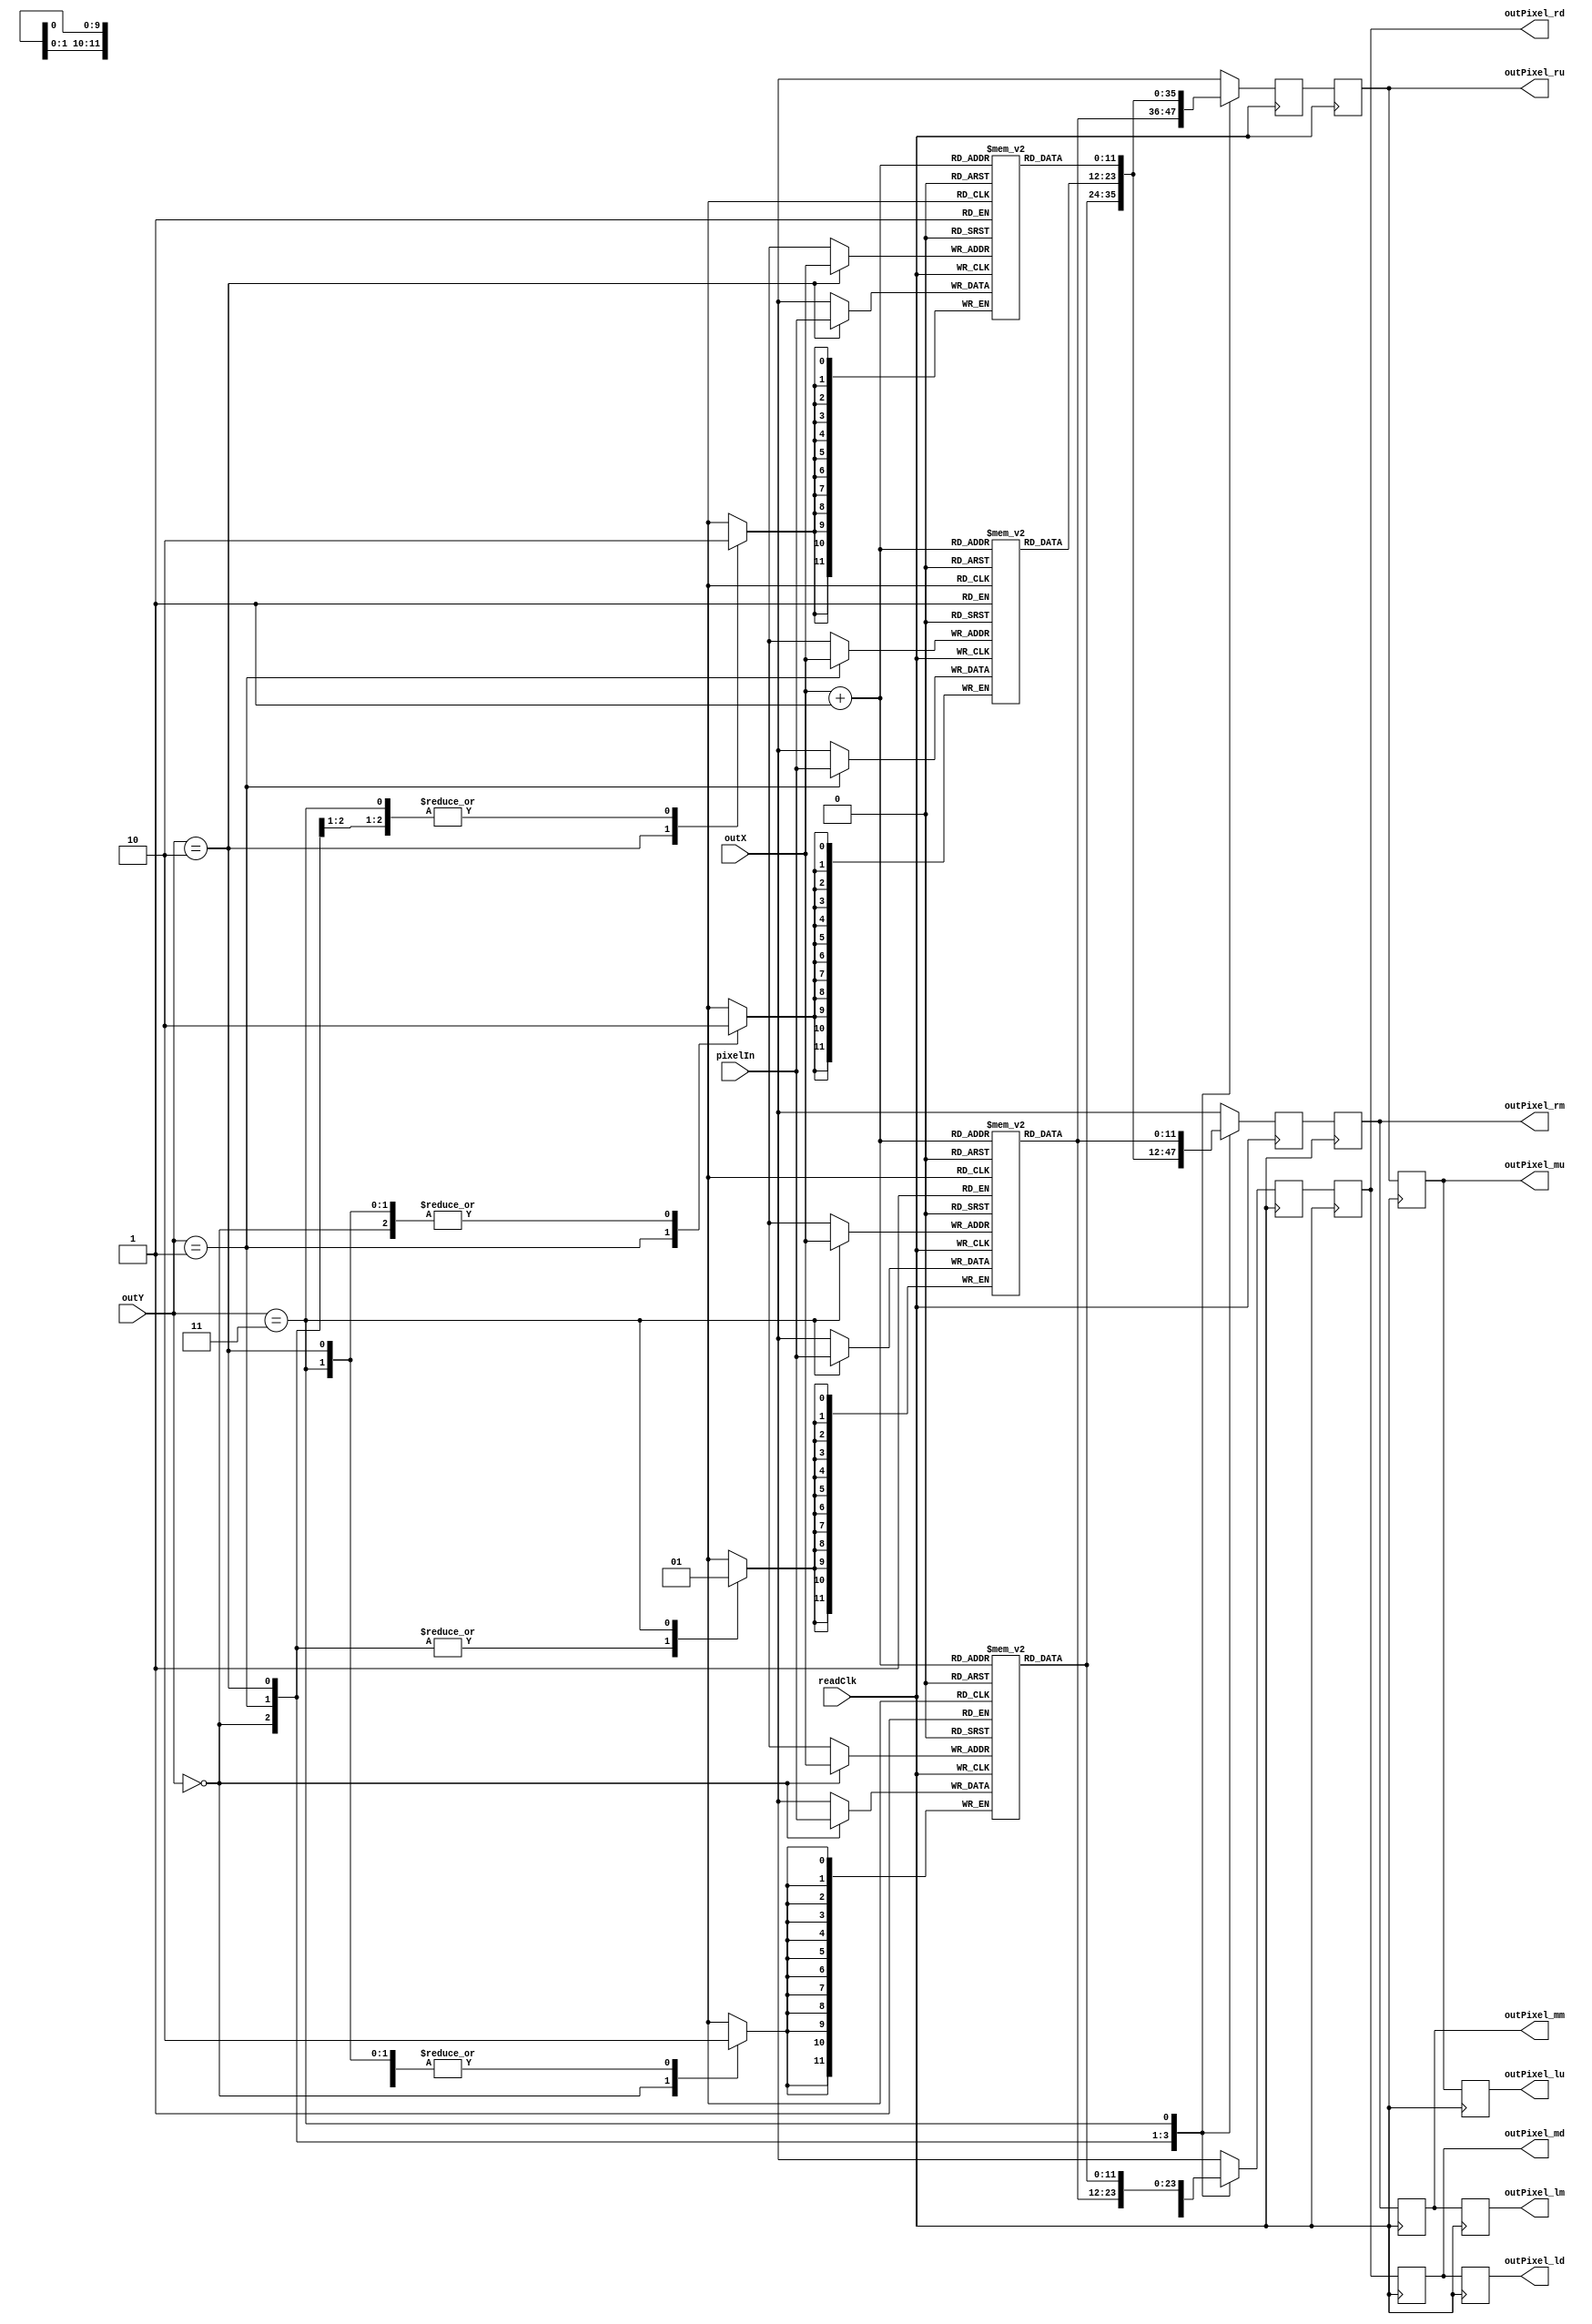
`timescale 1ns / 1ps
//////////////////////////////////////////////////////////////////////////////////
// Company: 
// Engineer: 
// 
// Design Name: 
// Module Name: PixelBuf
// Project Name: 
// Target Devices: 
// Tool Versions: 
// Description: 
// 
// Dependencies: 
// 
// Revision:
// Revision 0.01 - File Created
// Additional Comments:
// 
//////////////////////////////////////////////////////////////////////////////////

// outputs the 3x3 region of pixels around outX and outY
module PixelBuf(
    input   [9:0]   outX,
    input   [1:0]   outY,
    input           readClk,
    input   [11:0]  pixelIn,
    
    output reg [11:0]  outPixel_lu,
    output reg [11:0]  outPixel_lm,
    output reg [11:0]  outPixel_ld,
    output reg [11:0]  outPixel_mu,
    output reg [11:0]  outPixel_mm,
    output reg [11:0]  outPixel_md,
    output reg [11:0]  outPixel_ru,
    output reg [11:0]  outPixel_rm,
    output reg [11:0]  outPixel_rd
    );
    
    // buffer to hold 4 lines of pixels. Do this so we can output 9 pixels at a time.
    // this takes forever to synthesize if 3D ram is used bc it uses a bunch of LUTs instead
    // addressing is [{xAddr, yAddr[lowBits]}]
    reg [11:0] pixelBuf0 [679:0];
    reg [11:0] pixelBuf1 [679:0];
    reg [11:0] pixelBuf2 [679:0];
    reg [11:0] pixelBuf3 [679:0];
    reg [11:0] nextU;
    reg [11:0] nextM;
    reg [11:0] nextD;

    /*
    reg [11:0] pixelBuf [680 * 4 - 1 :0];
    wire [1:0] yUp = outY[1:0] - 2'b01;
    wire [1:0] yM  = outY[1:0];
    wire [1:0] yDn = outY[1:0] + 2'b01;
    */
    always@(posedge readClk) begin
        // write the pixel to the appropriate BRAM
        case(outY)
            2'b00: begin
                pixelBuf0[outX] <= pixelIn;
                nextU <= pixelBuf3[outX + 1];
                nextM <= pixelBuf0[outX + 1];
                nextD <= pixelBuf1[outX + 1];
            end
            2'b01: begin 
                pixelBuf1[outX] <= pixelIn;
                nextU <= pixelBuf0[outX + 1];
                nextM <= pixelBuf1[outX + 1];
                nextD <= pixelBuf2[outX + 1];
            end
            2'b10: begin 
                pixelBuf2[outX] <= pixelIn;
                nextU <= pixelBuf1[outX + 1];
                nextM <= pixelBuf2[outX + 1];
                nextD <= pixelBuf3[outX + 1];
            end
            2'b11: begin 
                pixelBuf3[outX] <= pixelIn;
                nextU <= pixelBuf2[outX + 1];
                nextM <= pixelBuf3[outX + 1];
                nextD <= pixelBuf0[outX + 1];
            end
        endcase
        // this will cause a drift of 1 pixel for the vgaOut, but thats ok.
        outPixel_lu <= outPixel_mu;
        outPixel_mu <= outPixel_ru;
        outPixel_ru <= nextU;
        outPixel_lm <= outPixel_mm;
        outPixel_mm <= outPixel_rm;
        outPixel_rm <= nextM;
        outPixel_ld <= outPixel_md;
        outPixel_md <= outPixel_rd;
        outPixel_rd <= nextD;

        /*
        pixelBuf[{outX, yM}] <= pixelIn;
        outPixel_lu <= pixelBuf[{outX-1, yUp}];
        outPixel_lm <= pixelBuf[{outX-1, yM}];
        outPixel_ld <= pixelBuf[{outX-1, yDn}];
        outPixel_mu <= pixelBuf[{outX,   yUp}];
        outPixel_mm <= pixelBuf[{outX,   yM}];
        outPixel_md <= pixelBuf[{outX,   yDn}];
        outPixel_ru <= pixelBuf[{outX+1, yUp}];
        outPixel_rm <= pixelBuf[{outX+1, yM}];
        outPixel_rd <= pixelBuf[{outX+1, yDn}];
        */
    end
endmodule